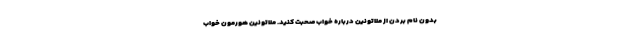
بدون نام بردن از ملاتونین درباره خواب صحبت کنید. ملاتونین هورمون خواب